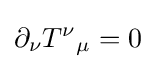
\partial _{\nu }T^{\nu }{}_{\mu }=0